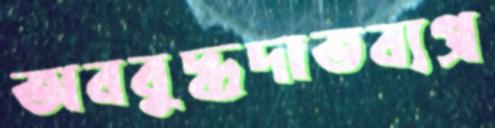
অববুদ্ধদাতব্যপ্র